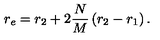
r _ { e } = r _ { 2 } + 2 \frac { N } { M } \left( r _ { 2 } - r _ { 1 } \right) .